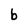
Character: b